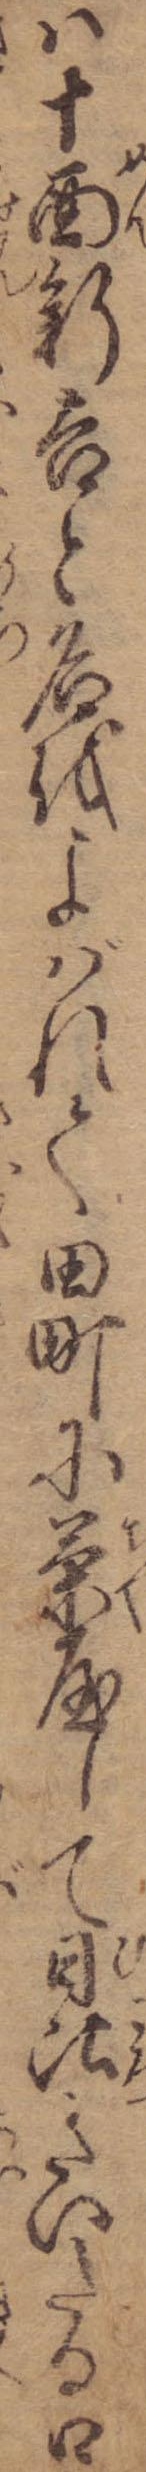
は十面新吉と名をよばれて田町に茶屋して日比きいたる口